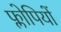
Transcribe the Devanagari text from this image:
फ्लोपियों